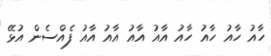
ހާއު ހާއު ހާއު ހާއު އާއު އާއު އާއު އާއު ފެއްސެން އުޅޭ